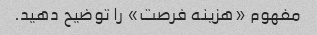
مفهوم «هزینه فرصت» را توضیح دهید.